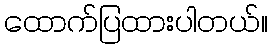
ထောက်ပြထားပါတယ်။